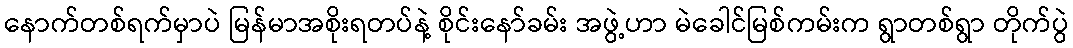
နောက်တစ်ရက်မှာပဲ မြန်မာအစိုးရတပ်နဲ့ စိုင်းနော်ခမ်း အဖွဲ့ဟာ မဲခေါင်မြစ်ကမ်းက ရွာတစ်ရွာ တိုက်ပွဲ